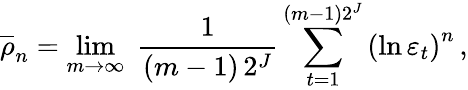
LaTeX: \overline{{{\rho}}}_{n}=\operatorname*{lim}_{m\rightarrow\infty}\; {\frac{1}{(m-1)\, 2^{J}}}\sum_{t=1}^{(m-1)2^{J}}\left(\ln\varepsilon_{t}\right)^{n}\, ,